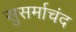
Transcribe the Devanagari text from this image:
सुसर्माचंद